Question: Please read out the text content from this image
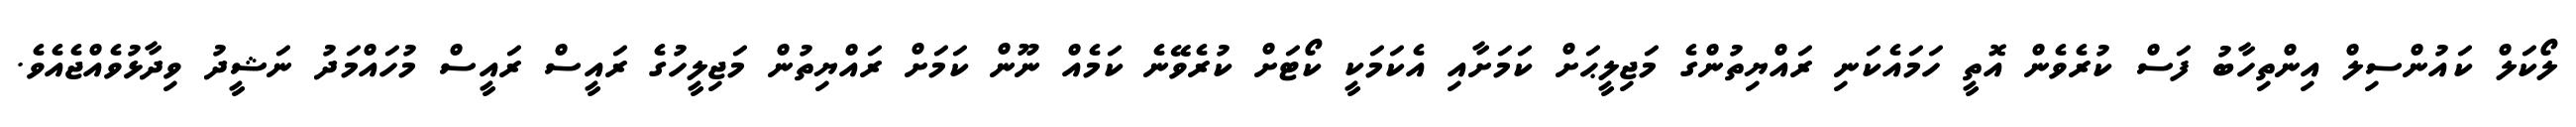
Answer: ލޯކަލް ކައުންސިލް އިންތިހާބު ފަސް ކުރެވެން އޮތީ ހަމައެކަނި ރައްޔިތުންގެ މަޖިލީޙަށް ކަމަށާއި އެކަމަކީ ކޯޓަށް ކުރެވޭނެ ކަމެއް ނޫން ކަމަށް ރައްޔިތުން މަޖިލީހުގެ ރައީސް ރައީސް މުހައްމަދު ނަޝީދު ވިދާޅުވެއްޖެއެވެ.